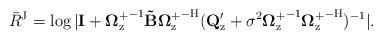
LaTeX: \begin{align*}\bar{R}^\mathrm{J}=\log{|\mathbf{I}+{{\mathbf{\Omega}_\mathrm{z}^{+}}}^{-1}{\mathbf{\tilde{B}}}{\mathbf{\Omega}_\mathrm{z}^{+}}^{-\mathrm{H}}(\mathbf{Q}^{\prime}_\mathrm{z}+\sigma^2{\mathbf{\Omega}_\mathrm{z}^{+}}^{-1}{\mathbf{\Omega}_\mathrm{z}^{+}}^{-\mathrm{H}})^{-1}|}.\end{align*}